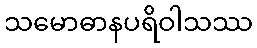
သမောဓာနပရိဝါသဿ